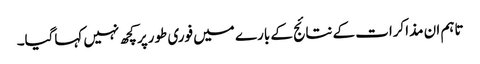
تاہم ان مذاکرات کے نتائج کے بارے میں فوری طورپر کچھ نہیں کہاگیا۔